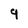
Character: q